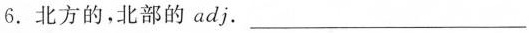
6. 北方的，北部的 adj. ___